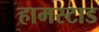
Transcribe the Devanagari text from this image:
हामस्टाड